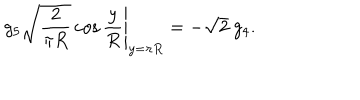
g _ { 5 } \left. \sqrt { \frac { 2 } { \pi R } } \cos \frac { y } { R } \right| _ { y = \pi R } = - \sqrt { 2 } \ g _ { 4 } .